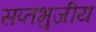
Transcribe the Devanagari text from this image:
सप्तभुजीय